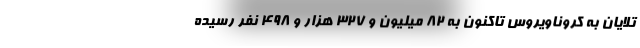
تلایان به کروناویروس تاکنون به ۸۲ میلیون و ۳۲۷ هزار و ۴۹۸ نفر رسیده